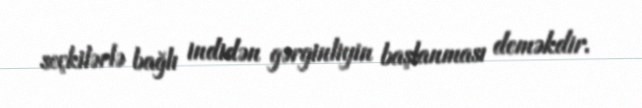
seçkilərlə bağlı indidən gərginliyin başlanması deməkdir.